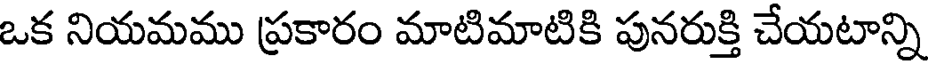
ఒక నియమము ప్రకారం మాటిమాటికి పునరుక్తి చేయటాన్ని